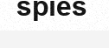
spies